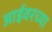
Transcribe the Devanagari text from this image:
आईवरच्या